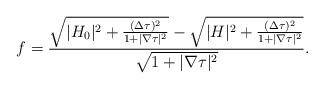
LaTeX: \begin{align*} f= \frac{\sqrt{|H_0|^2 +\frac{(\Delta \tau)^2}{1+ |\nabla \tau|^2}} - \sqrt{|H|^2 +\frac{(\Delta \tau)^2}{1+ |\nabla \tau|^2}} }{ \sqrt{1+ |\nabla \tau|^2}} .\end{align*}